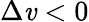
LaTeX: \Delta\mathit{v}<0